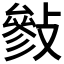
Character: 𢿈